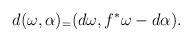
LaTeX: \begin{align*}d(\omega, \alpha) _= (d\omega, f^*\omega - d\alpha).\end{align*}